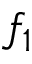
f _ { 1 }